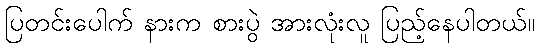
ပြတင်းပေါက် နားက စားပွဲ အားလုံးလူ ပြည့်နေပါတယ်။